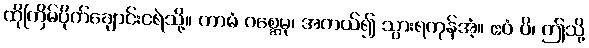
ထိုကြိမ်ပိုက်ချောင်းငရဲသို့။ ကာမံ ဂစ္ဆေမု၊ အကယ်၍ သွားရကုန်အံ့။ ဧဝံ ပိ၊ ဤသို့